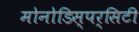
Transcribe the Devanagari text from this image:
मोनोडिस्पर्सिटी